Civil Veterinary Department Bihar & Orissa reports 1929-36 - 1929-1936
Year: 1929
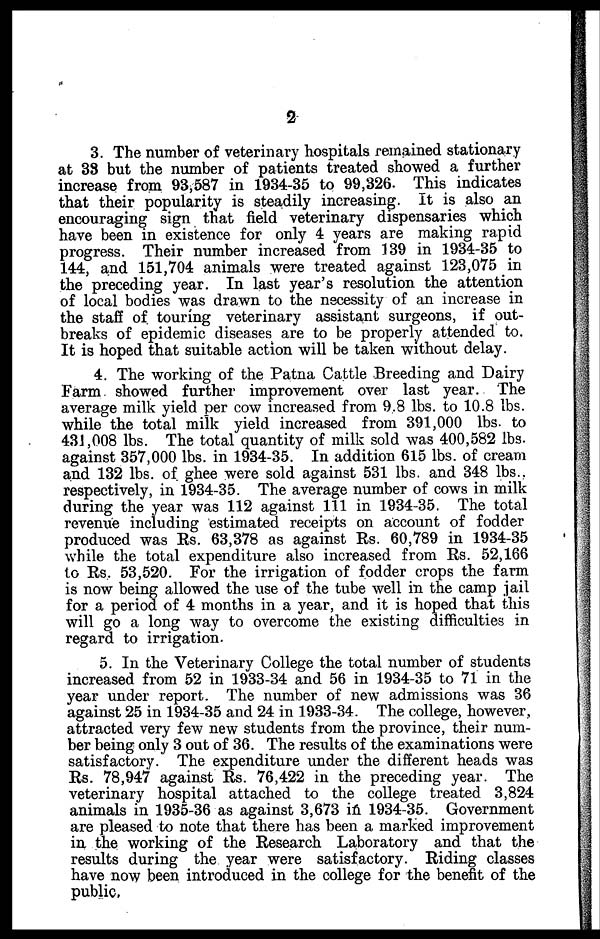
2
3. The number of veterinary hospitals remained stationary
at 38 but the number of patients treated showed a further
increase from 93,587 in 1934-35 to 99,326. This indicates
that their popularity is steadily increasing. It is also an
encouraging sign that field veterinary dispensaries which
have been in existence for only 4 years are making rapid
progress. Their number increased from 139 in 1934-35 to
144, and 151,704 animals were treated against 123,075 in
the preceding year. In last year's resolution the attention
of local bodies was drawn to the necessity of an increase in
the staff of touring veterinary assistant surgeons, if out-
breaks of epidemic diseases are to be properly attended to
It is hoped that suitable action will be taken without delay.
4. The working of the Patna Cattle Breeding and Dairy
Farm showed further improvement over last year. The
average milk yield per cow increased from 9.8 lbs. to 10.8 lbs.
while the total milk yield increased from 391,000 lbs. to
431,008 lbs. The total quantity of milk sold was 400,582 lbs.
against 357,000 lbs. in 1934-35. In addition 615 lbs. of cream
and 132 lbs. of ghee were sold against 531 lbs. and 348 lbs.
respectively, in 1934-35. The average number of cows in milk
during the year was 112 against 111 in 1934-35. The total
revenue including estimated receipts on account of fodder
produced was Rs. 63,378 as against Rs. 60,789 in 1934-35
while the total expenditure also increased from Rs. 52,166
to Rs. 53,520. For the irrigation of fodder crops the farm
is now being allowed the use of the tube well in the camp jail
for a period of 4 months in a year, and it is hoped that this
will go a long way to overcome the existing difficulties in
regard to irrigation.
5. In the Veterinary College the total number of students
increased from 52 in 1933-34 and 56 in 1934-35 to 71 in the
year under report. The number of new admissions was 36
against 25 in 1934-35 and 24 in 1933-34. The college, however,
attracted very few new students from the province, their num-
ber being only 3 out of 36. The results of the examinations were
satisfactory. The expenditure under the different heads was
Rs. 78,947 against Rs. 76,422 in the preceding year. The
veterinary hospital attached to the college treated 3,824
animals in 1935-36 as against 3,673 in 1934-35. Government
are pleased to note that there has been a marked improvement
in the working of the Research Laboratory and that the
results during the year were satisfactory. Riding classes
have now been introduced in the college for the benefit of the
public,